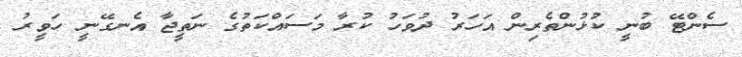
ސެންޓޭ ބުނީ ކުޅުންތެރިން އަހަރު ދުވަހު ކުރާ މަސައްކަތުގެ ނަތީޖާ އެނގޭނީ ހަވީރު